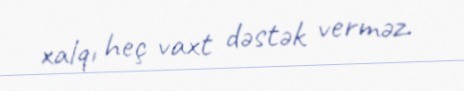
xalqı heç vaxt dəstək verməz.